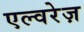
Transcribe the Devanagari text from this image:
एल्वरेज़